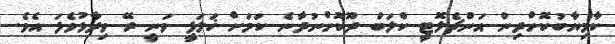
ކާމިޔާބުކޮށްދިން އަންޗެލޮޓީ ކްލަބް ދޫކޮށްނުދާނެ ކަމަށް ޚަލަފީ ވަނީ ރޭ ވިދާޅުވެފަ އެވެ.